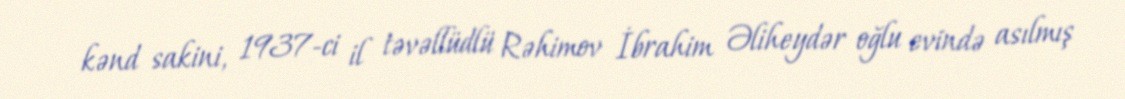
kənd sakini, 1937-ci il təvəllüdlü Rəhimov İbrahim Əliheydər oğlu evində asılmış